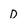
Character: D